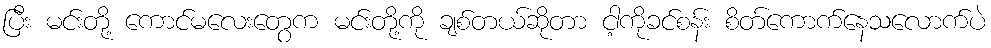
ပြီး မင်းတို့ ကောင်မလေးတွေက မင်းတို့ကို ချစ်တယ်ဆိုတာ ငါ့ကိုခင်စန်း စိတ်ကောက်နေသလောက်ပဲ